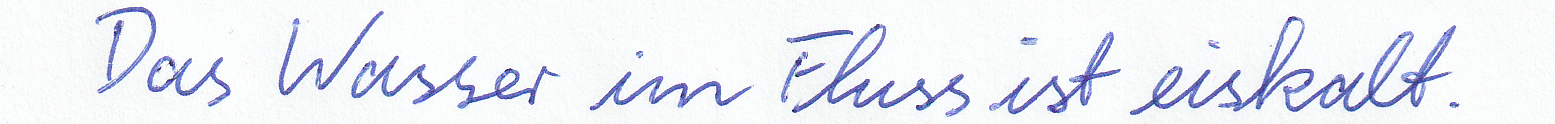
Das Wasser im Fluss ist eiskalt.